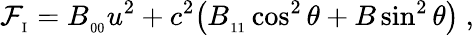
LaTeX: {\cal F}_{_\mathrm{I}}=B_{_{00}}u^{2}+c^{2}\big(B_{_{11}}\cos^{2}\theta+B\sin^{2}\theta\big)\ ,